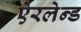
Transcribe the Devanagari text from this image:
ऐरलेन्ड